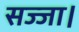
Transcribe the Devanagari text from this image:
सज्जा।